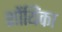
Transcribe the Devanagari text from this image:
शोंयिंका